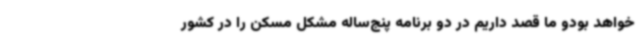
خواهد بودو ما قصد داریم در دو برنامه پنج‌ساله مشکل مسکن را در کشور